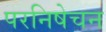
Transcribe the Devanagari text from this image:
परनिषेचन